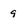
Character: 9